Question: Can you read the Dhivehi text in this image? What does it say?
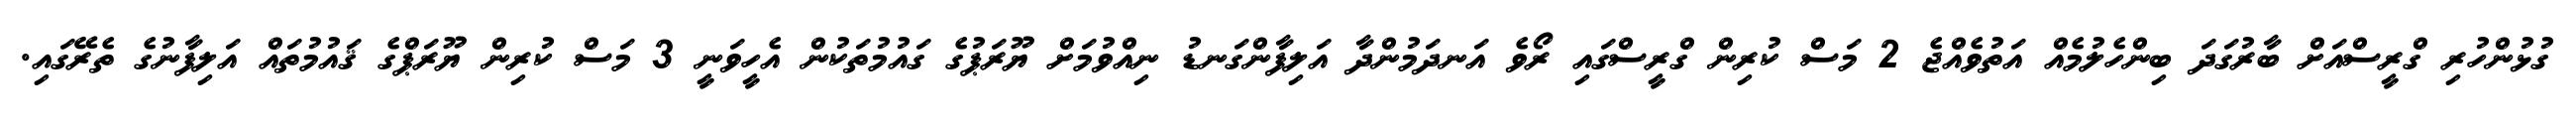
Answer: ގުޅުންހުރި ގްރީސްއަށް ބާރުގަދަ ބިންހެލުމެއް އަތުވެއްޖެ 2 މަސް ކުރިން ގްރީސްގައި ރޯވެ އަނދަމުންދާ އަލިފާންގަނޑު ނިއްވުމަށް ޔޫރަޕުގެ ގައުމުތަކުން އެހީވަނީ 3 މަސް ކުރިން ޔޫރަޕްގެ ޤައުމުތައް އަލިފާނުގެ ތެރޭގައި.